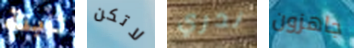
ثابتة لاتكن ندري جاهزون